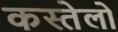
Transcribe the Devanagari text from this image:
कस्तेलो